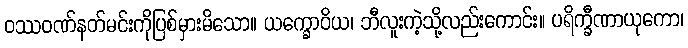
ဝဿဝဏ်နတ်မင်းကိုပြစ်မှားမိသော။ ယက္ခောဝိယ၊ ဘီလူးကဲ့သို့လည်းကောင်း။ ပရိက္ခီဏာယုကော၊